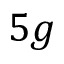
5 g